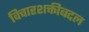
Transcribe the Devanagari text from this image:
विचारशक्तीबद्दल